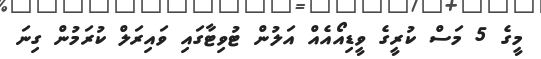
މީގެ 5 މަސް ކުރީގެ ވީޑިއޯއެއް އަލުން ޓުވިޓާގައި ވައިރަލް ކުރަމުން ގިނަ